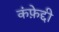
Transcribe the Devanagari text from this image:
कंफ़ेद्दी